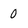
Character: 0